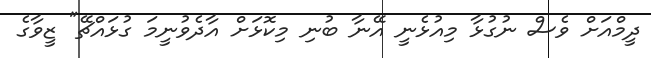
ދީމްއަށް ވެސް ނުގުޅާ މިއުޅެނީ އޭނާ ބުނި މިކޮޅަށް އާދެވުނީމަ ގުޅައްޗޭ" ޒީވާގެ